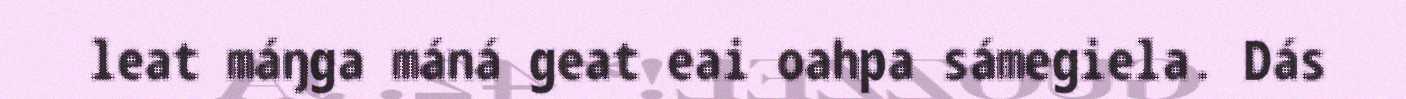
leat máŋga máná geat eai oahpa sámegiela. Dás